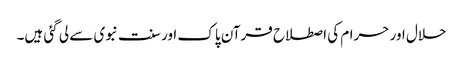
حلال اور حرام کی اصطلاح قرآن پاک اور سنت نبوی سے لی گئی ہیں۔